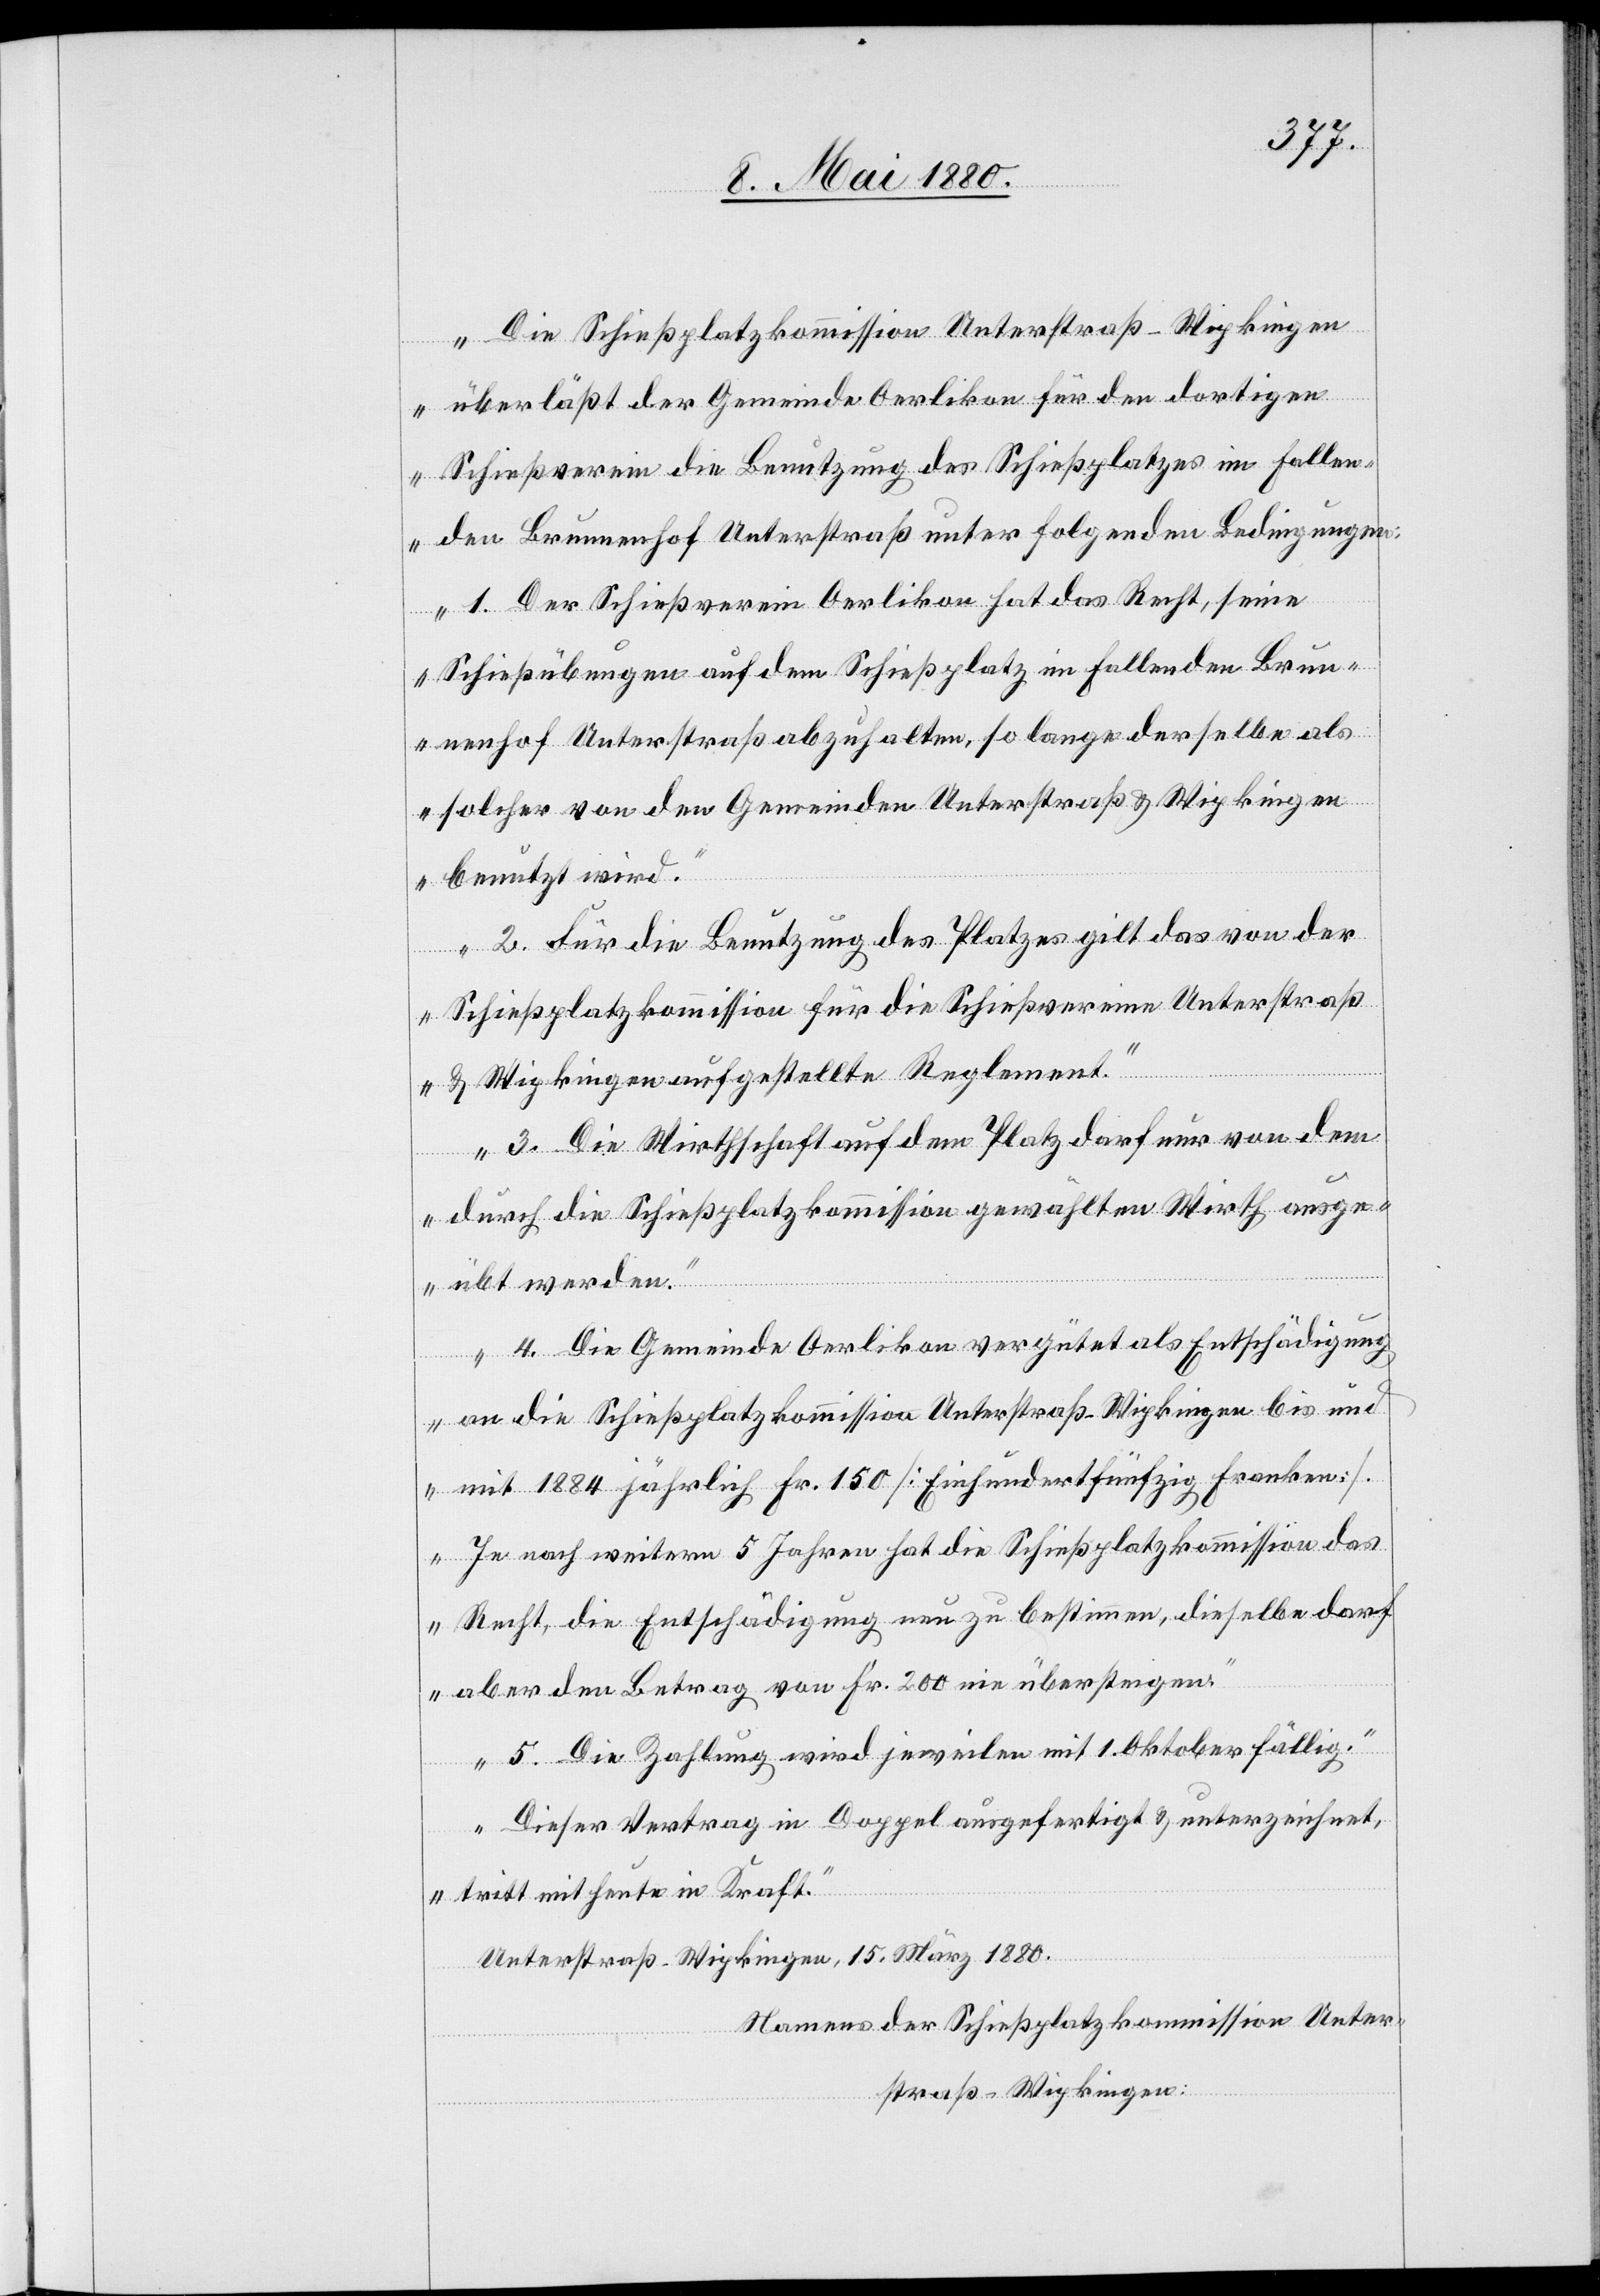
„Die Schießplatzkommission Unterstraß-Wipkingen
überläßt der Gemeinde Oerlikon für den dortigen
Schießverein die Benutzung des Schießplatzes im Fallen¬
den Brunnenhof Unterstraß unter folgenden Bedingungen:
1. Der Schießverein Oerlikon hat das Recht, seine
Schießübungen auf dem Schießplatz im Fallenden Brun¬
solcher von den Gemeinden Unterstraß & Wipkingen
benutzt wird.
2. Für die Benutzung des Platzes gilt das von der
Schießplatzkommission für die Schießvereine Unterstraß
& Wipkingen aufgestellte Reglement.
3. Die Wirthschaft auf dem Platz darf nur von dem
als
durch die Schießplatzkommission gewählten Wirth ausge¬
übt werden.
4. Die Gemeinde Oerlikon vergütet als Entschädigung
an die Schießplatzkommission Unterstraß-Wipkingen bis und
mit 1884 jährlich Fr. 150 [Einhundertfünfzig Franken].
Je nach weitern 5 Jahren hat die Schießplatzkommission das
Recht, die Entschädigung neu zu bestimmen, dieselbe darf
aber den Betrag von Fr. 200 nie übersteigen.
5. Die Zahlung wird jeweilen mit 1. Oktober fällig.
Dieser Vertrag in Doppel ausgefertigt & unterzeichnet,
tritt mit heute in Kraft.
Unterstraß-Wipkingen, 15. März 1880.
Namens der Schießplatzkommission Unter¬
straß-Wipkingen